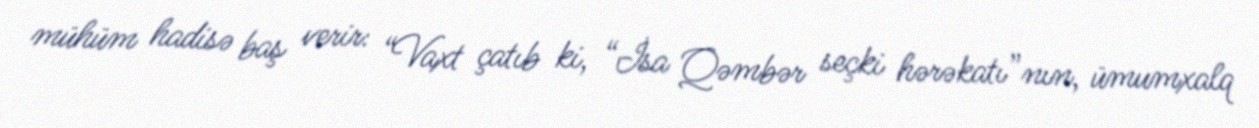
mühüm hadisə baş verir: “Vaxt çatıb ki, “İsa Qəmbər seçki hərəkatı”nın, ümumxalq